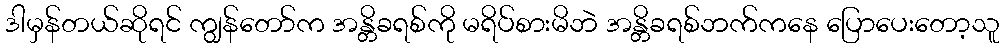
ဒါမှန်တယ်ဆိုရင် ကျွန်တော်က အန္တိခရစ်ကို မရိပ်စားမိဘဲ အန္တိခရစ်ဘက်ကနေ ပြောပေးတော့သူ